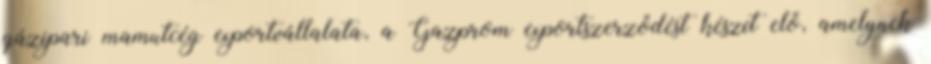
gázipari mamutcég exportvállalata, a Gazprom exportszerződést készít elő, amelynek